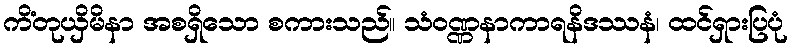
ကိံတုယှိမိနာ အစရှိသော စကားသည်။ သံဝဏ္ဏနာကာရနိဒဿနံ၊ ထင်ရှားပြပုံ